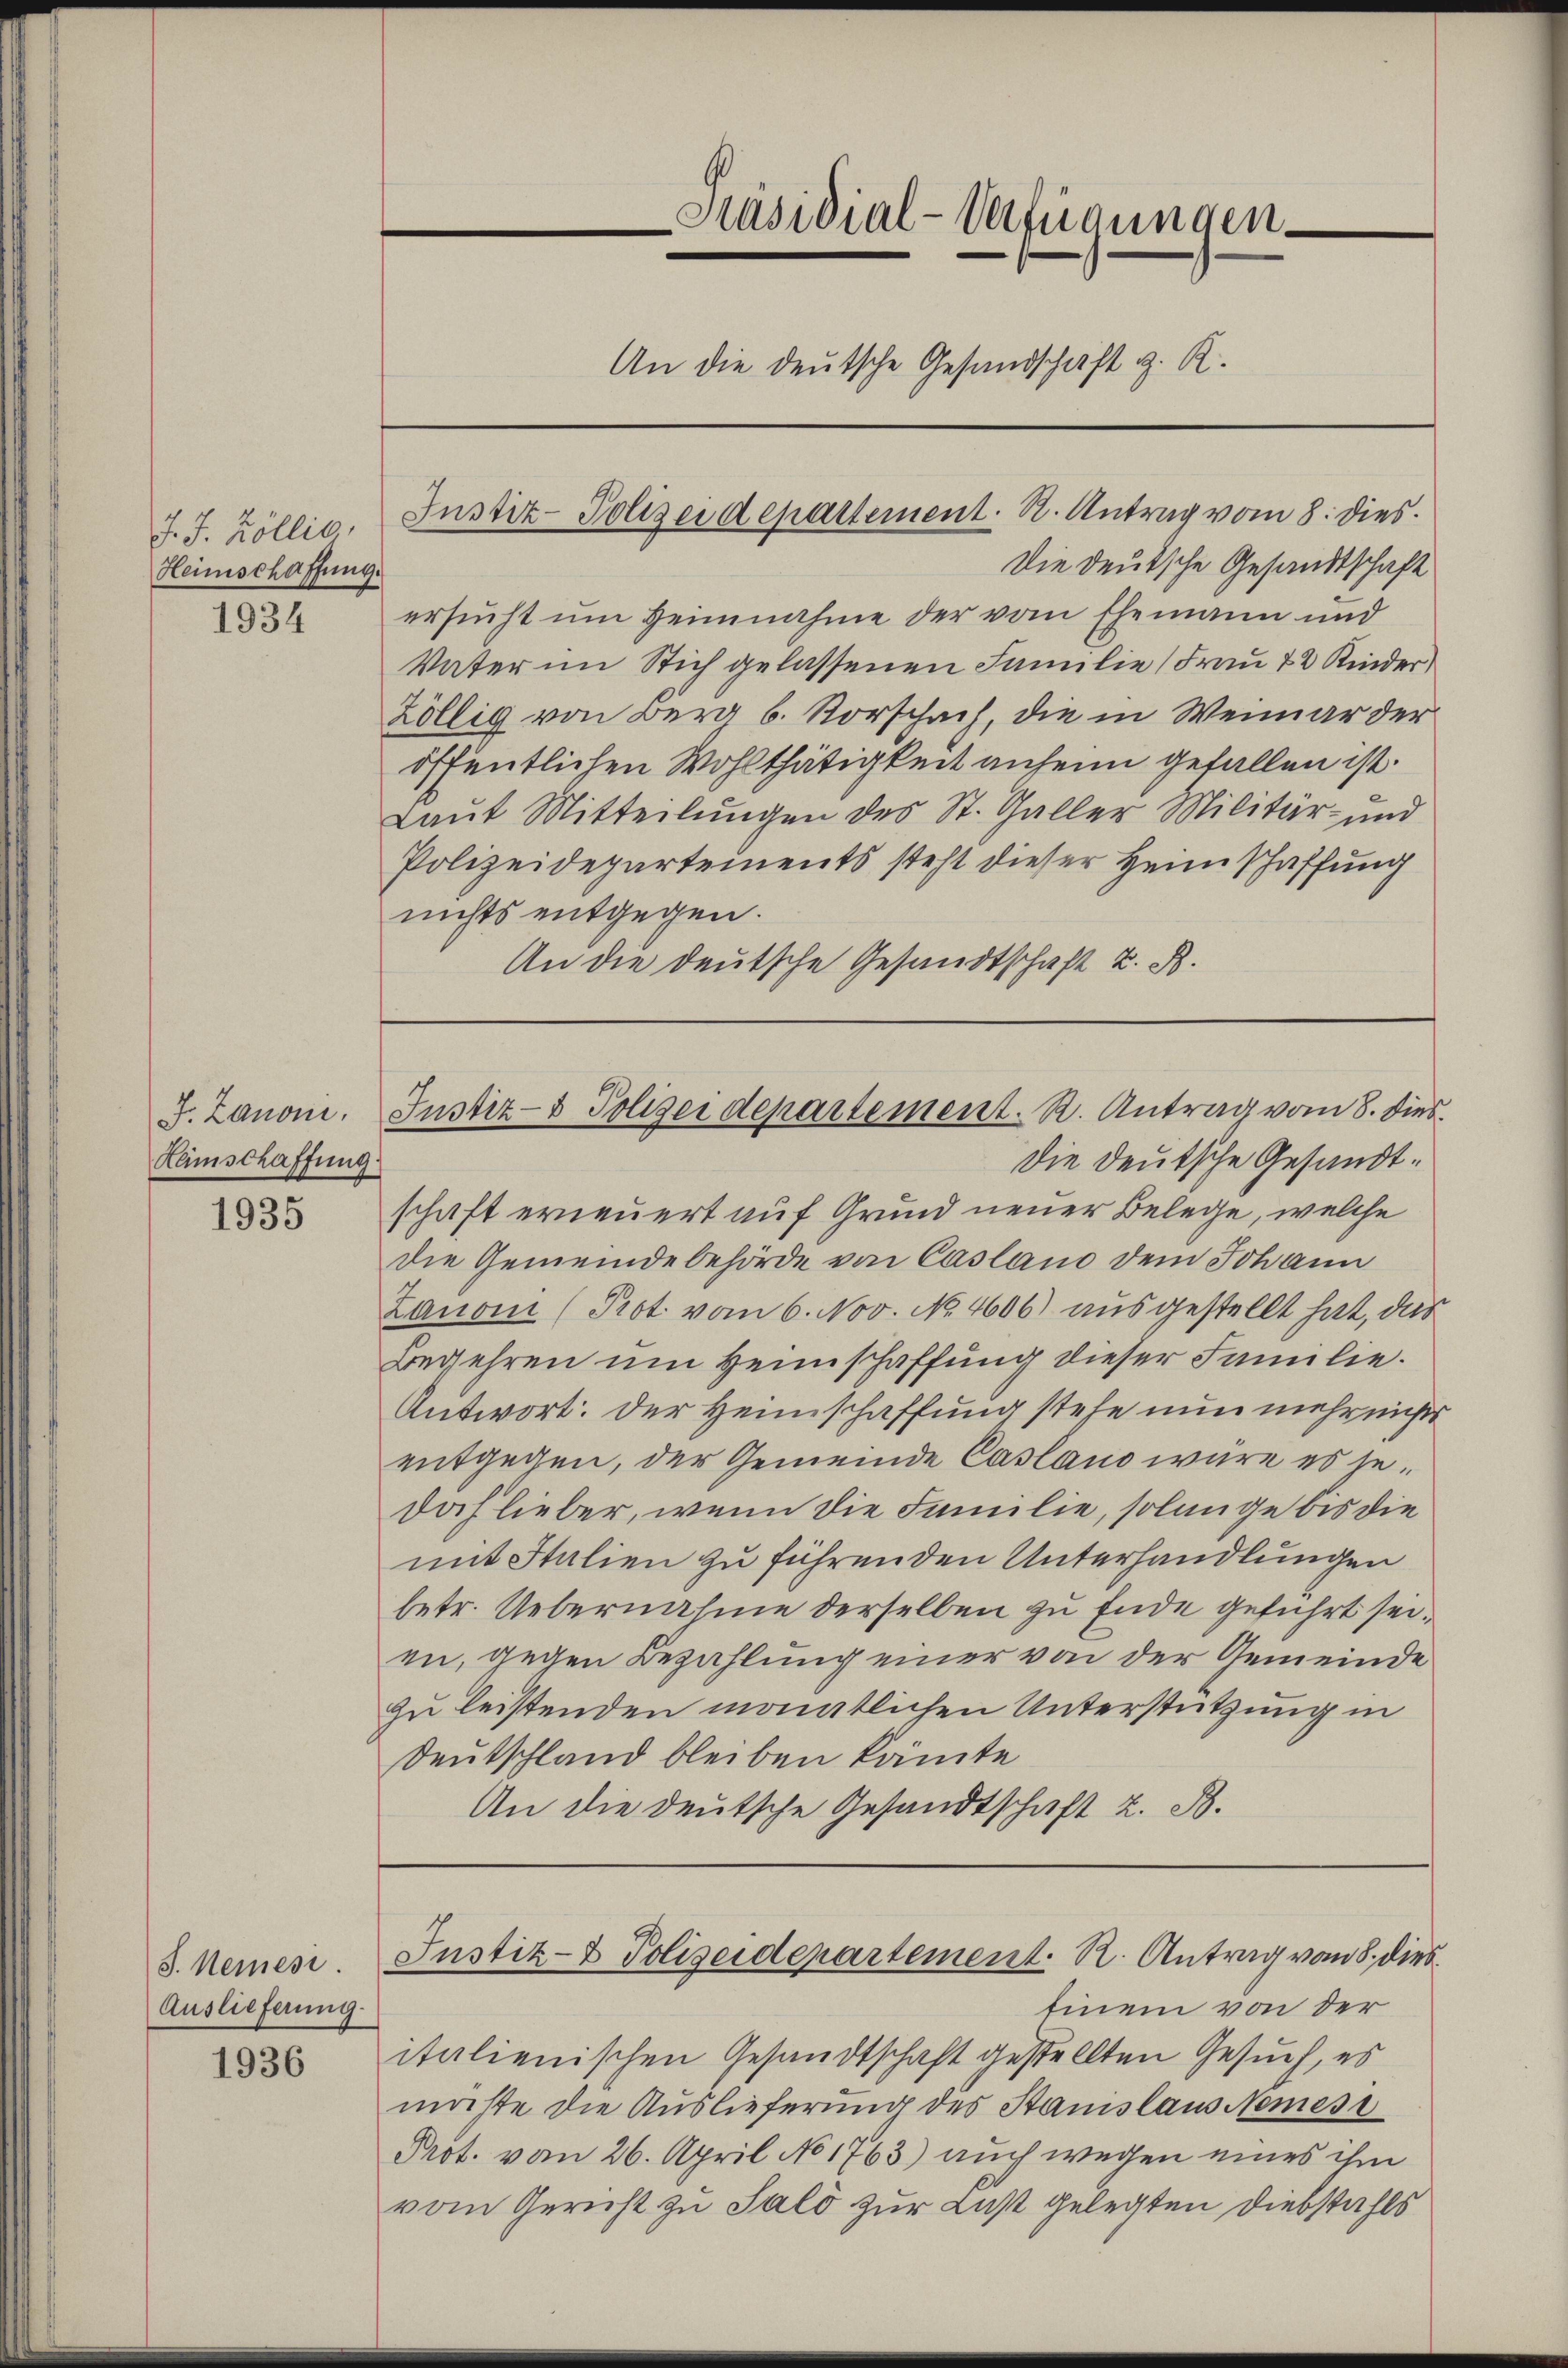
J. J. Zöllis,
Heimschaffung.
1934

J. Zanoni.
Remschaffung

1935

J. Nemesi
Auslieferung.

1936

Justiz-Polizeidepartement. N. Antrag vom 8. dies

Präsidial-Verfügungen
An die deutsche Gesandschaft z. R.

Die Deutsche Gesandtschaft erneuert auf Grund neuer Belege, welche
die Gemeindebehörde von Casland dem Johann
Lanoni (Prot vom 6. Nov. No. 4606) ausgestellt hat, das
Begehren um Heimschaffung dieser Familie.
Antwort: der Heimschaffung stehe nun mehr nichts
entgegen, der Gemeinde Casano wäre es jedof lieber, wenn die Familie, solange bis die
mit Italien zu führenden Unterhandlungen
betr. Uebernahme derselben zu Ende geführt seien, gegen Bezahlung einer von der Gemeinde
zu leistenden monatlichen Unterstützung in
Deutschland bleiben könnte
An die deutsche Gesandtschaft z. B.

Die deutsche Gesandtschaft
ersucht um Heimnahme der vom Ehemann und
Vater im Stich gelassenen Familie (Frau 42 Kinder)
zöllig von Berg b. Vorschach, die in Weimar der
öffentlichen Wohlthätigkeit anheim gefallen ist.
Laŭt Mitteilŭngen des St. Galler Militär- und
Polizeidepartements steht dieser Heimschaffung
nichts entgegen.
An die deutsche Gesandtschaft z. B.

Einem von der
italienischen Gesandtschaft gestellten Gesuch, es
möchte die Auslieferung des Stanislaus Nemesi
Prot. vom 26. April No 1763) auch wegen eines ihm
vom Gericht zu Sald zur Last gelegten Diebstahls

Justiz- & Polizei departement. R. Antrag vom 8. dies

Justiz- & Polizeidepartement. R. Antrag vom 8. dies